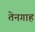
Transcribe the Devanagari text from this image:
तेनगाह